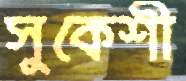
সুকেশী